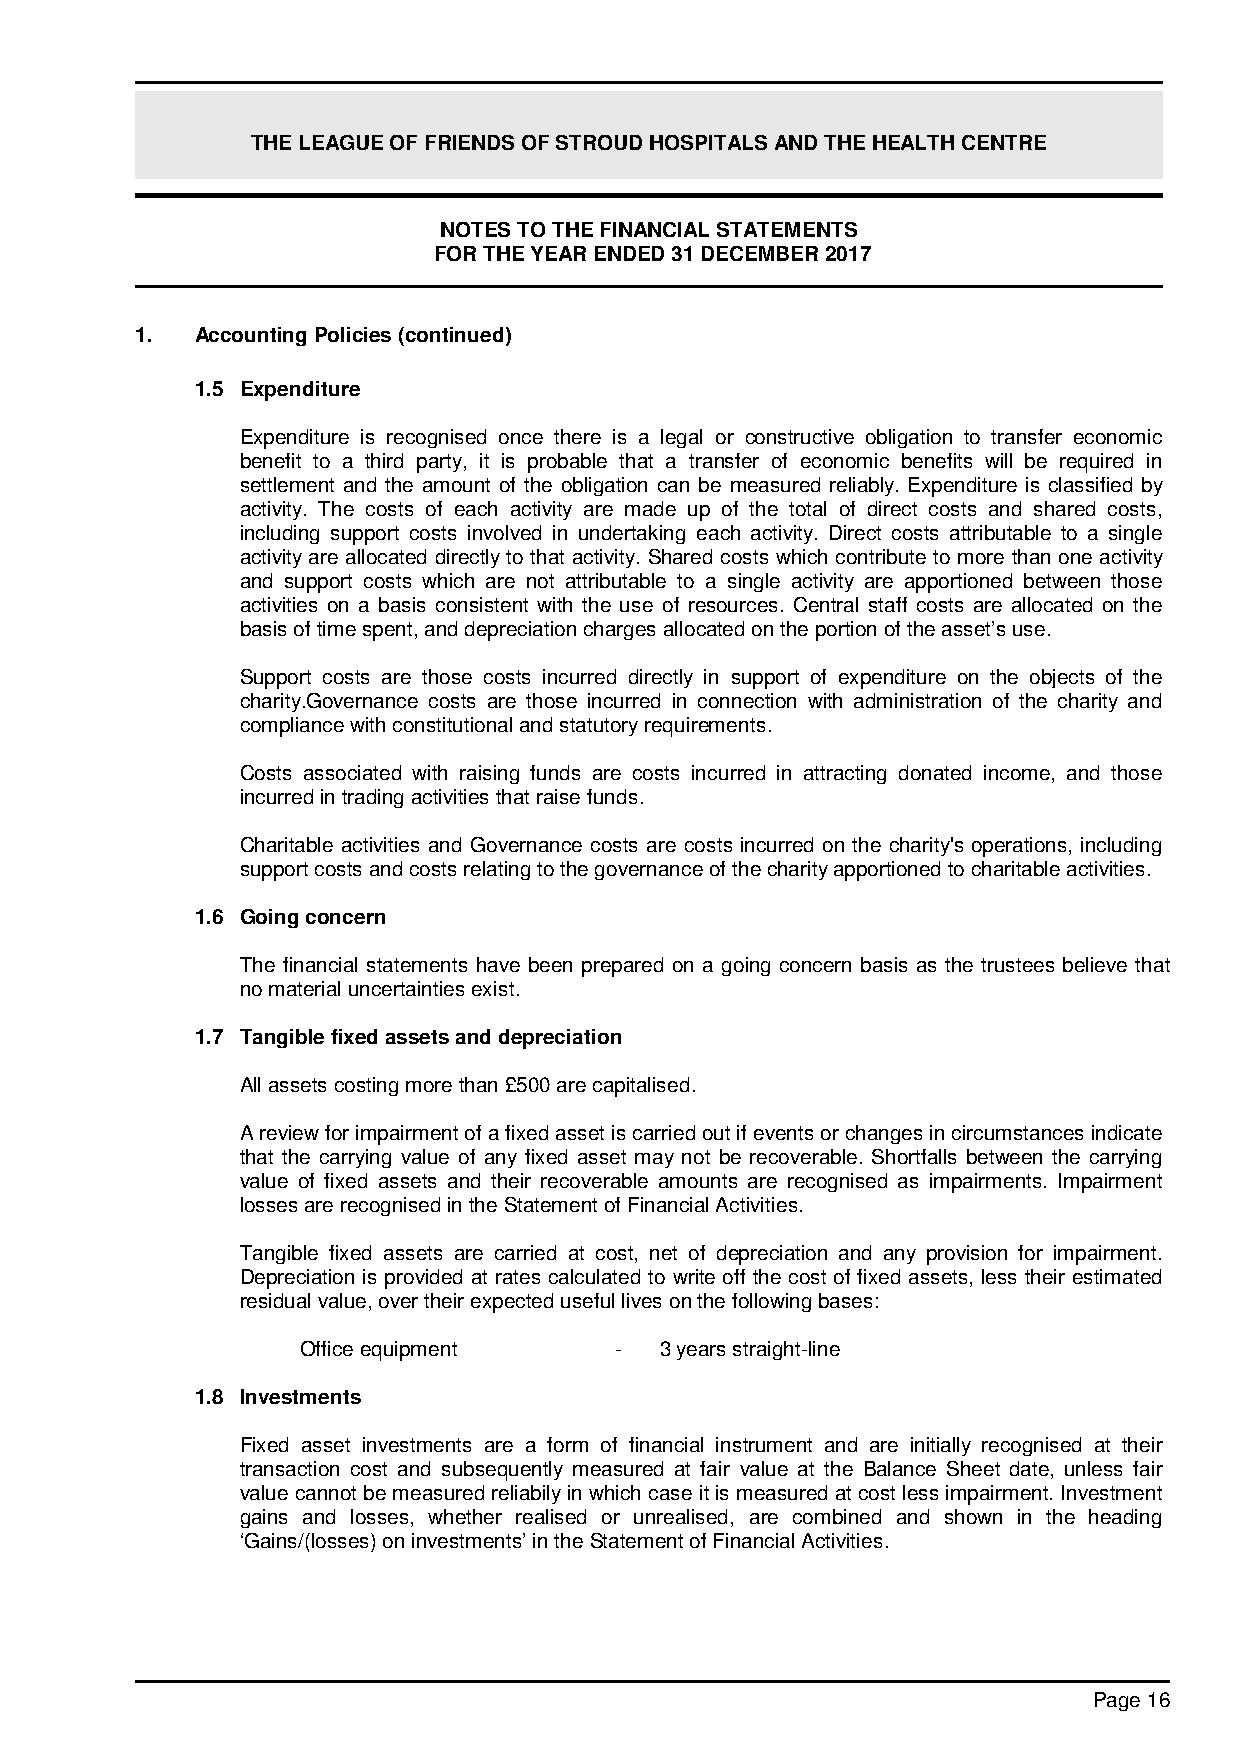
THE LEAGUE OF FRIENDS OF STROUD HOSPITALS AND THE HEALTH CENTRE
 NOTES TO THE FINANCIAL STATEMENTS
 FOR THE YEAR ENDED 31 DECEMBER 2017
 1.  Accounting Policies (continued)
 1.5 Expenditure
 Expenditure is recognised once there is a legal or constructive obligation to transfer economic
 benefit to a third party, it is probable that a transfer of economic benefits will be required in
 settlement and the amount of the obligation can be measured reliably. Expenditure is classified by
 activity. The costs of each activity are made up of the total of direct costs and shared costs,
 including support costs involved in undertaking each activity. Direct costs attributable to a single
 activity are allocated directly to that activity. Shared costs which contribute to more than one activity
 and support costs which are not attributable to a single activity are apportioned between those
 activities on a basis consistent with the use of resources. Central staff costs are allocated on the
 basis of time spent, and depreciation charges allocated on the portion of the asset’s use.
 Support costs are those costs incurred directly in support of expenditure on the objects of the
 charity.Governance costs are those incurred in connection with administration of the charity and
 compliance with constitutional and statutory requirements.
 Costs associated with raising funds are costs incurred in attracting donated income, and those
 incurred in trading activities that raise funds.
 Charitable activities and Governance costs are costs incurred on the charity's operations, including
 support costs and costs relating to the governance of the charity apportioned to charitable activities.
 1.6 Going concern
 The financial statements have been prepared on a going concern basis as the trustees believe that
 no material uncertainties exist.
 1.7 Tangible fixed assets and depreciation
 All assets costing more than £500 are capitalised.
 A review for impairment of a fixed asset is carried out if events or changes in circumstances indicate
 that the carrying value of any fixed asset may not be recoverable. Shortfalls between the carrying
 value of fixed assets and their recoverable amounts are recognised as impairments. Impairment
 losses are recognised in the Statement of Financial Activities.
 Tangible fixed assets are carried at cost, net of depreciation and any provision for impairment.
 Depreciation is provided at rates calculated to write off the cost of fixed assets, less their estimated
 residual value, over their expected useful lives on the following bases:
 Office equipment     -  3 years straight-line
 1.8 Investments
 Fixed asset investments are a form of financial instrument and are initially recognised at their
 transaction cost and subsequently measured at fair value at the Balance Sheet date, unless fair
 value cannot be measured reliabily in which case it is measured at cost less impairment. Investment
 gains and losses, whether realised or unrealised, are combined and shown in the heading
 ‘Gains/(losses) on investments’ in the Statement of Financial Activities.
 Page 16